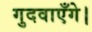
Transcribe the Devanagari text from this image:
गुदवाएँगे।